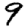
Digit: 9